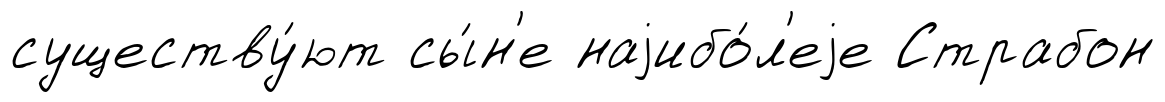
существу́ют сы́н'е наjибо́л'еjе Страбон